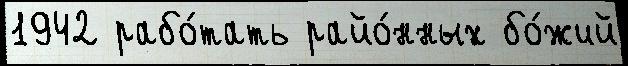
1942 рабо́тать райо́нных бо́жий